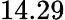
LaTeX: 14.29